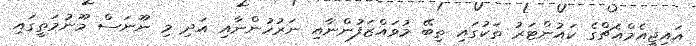
އައިޖީއެމްއެޗްގެ ކައުންޓަރު ތަކުގައި ތިބޭ މުވައްޒަފުންނާއި ނަރުހުންނާއި އަދި މި ނޫނަސް މޫނުމަތީގައި